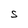
Character: S